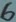
Text: 6